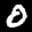
Label: 0